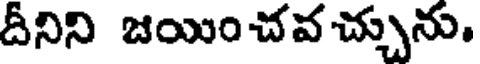
దీనిని జయించవ చ్చును,